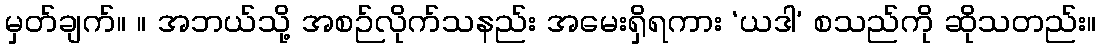
မှတ်ချက်။ ။ အဘယ်သို့ အစဉ်လိုက်သနည်း အမေးရှိရကား ‘ယဒါ’ စသည်ကို ဆိုသတည်း။